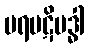
ပရပဋိဗဒ္ဓါ